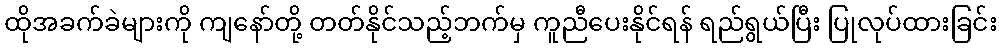
ထိုအခက်ခဲများကို ကျနော်တို့ တတ်နိုင်သည့်ဘက်မှ ကူညီပေးနိုင်ရန် ရည်ရွယ်ပြီး ပြုလုပ်ထားခြင်း